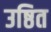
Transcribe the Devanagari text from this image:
उष्ठित